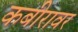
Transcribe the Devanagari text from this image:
कबीरावर